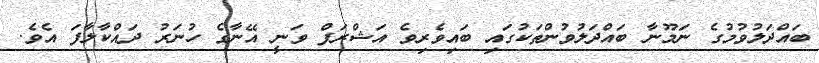
ބައްދަލުވުމުގެ ނަމޫނާ ބައްދަލުވުންތަކުގައި ބައިވެރިވެ އަޝްރަފް ވަނީ އޭނާގެ ހުނަރު ދައްކާލާފަ އެވެ.